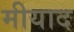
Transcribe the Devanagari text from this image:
मीयाद